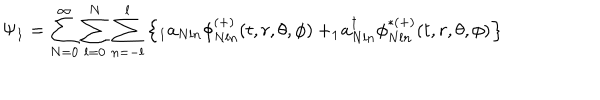
LaTeX: \Psi _ { 1 } = \sum _ { N = 0 } ^ { \infty } \sum _ { l = 0 } ^ { N } \sum _ { n = - l } ^ { l } \left\{ _ 1 a _ { N l n } \phi _ { N l n } ^ { ( + ) } ( t , r , \theta , \phi ) + _ { 1 } \! a _ { N l n } ^ { \dagger } \phi _ { N l n } ^ { \ast ( + ) } ( t , r , \theta , \phi ) \right\}